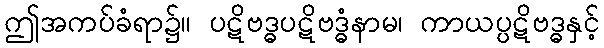
ဤအကပ်ခံရာ၌။ ပဋိဗဒ္ဓပဋိဗဒ္ဓံနာမ၊ ကာယပ္ပဋိဗဒ္ဓနှင့်